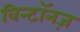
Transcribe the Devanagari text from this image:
विन्टॉनज़